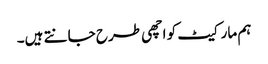
ہم مارکیٹ کو اچھی طرح جانتے ہیں۔